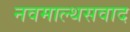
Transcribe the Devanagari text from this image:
नवमाल्थसवाद